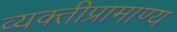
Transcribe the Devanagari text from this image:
व्यक्तीप्रामाण्य